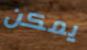
يمكن